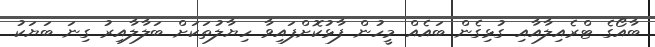
ބާއޯގެ ޓްރެއިލާއާއި ގުޅިގެން ބައެއް މީހުން ފާޅުކޮށްފައިވާ ހިޔާލުތަކަށް ބަލާލާއިރު ގިނަ ބަޔަކު